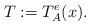
LaTeX: \begin{align*}T: = T^e_A(x).\end{align*}